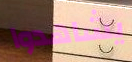
يشاهدوا